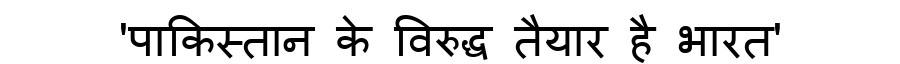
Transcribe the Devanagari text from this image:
'पाकिस्तान के विरुद्ध तैयार है भारत'